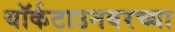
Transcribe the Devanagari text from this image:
यॉर्कटाउनवरच्या